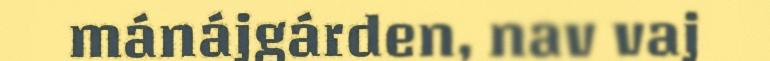
mánájgárden, nav vaj